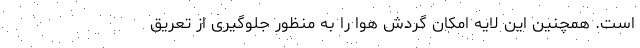
است. همچنین این لایه امکان گردش هوا را به منظور جلوگیری از تعریق